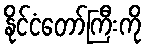
နိုင်ငံတော်ကြီးကို